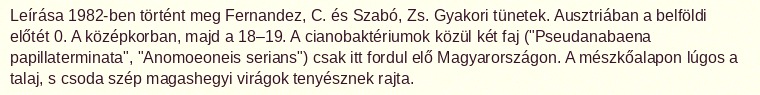
Leírása 1982-ben történt meg Fernandez, C. és Szabó, Zs. Gyakori tünetek. Ausztriában a belföldi előtét 0. A középkorban, majd a 18–19. A cianobaktériumok közül két faj ("Pseudanabaena papillaterminata", "Anomoeoneis serians") csak itt fordul elő Magyarországon. A mészkőalapon lúgos a talaj, s csoda szép magashegyi virágok tenyésznek rajta.